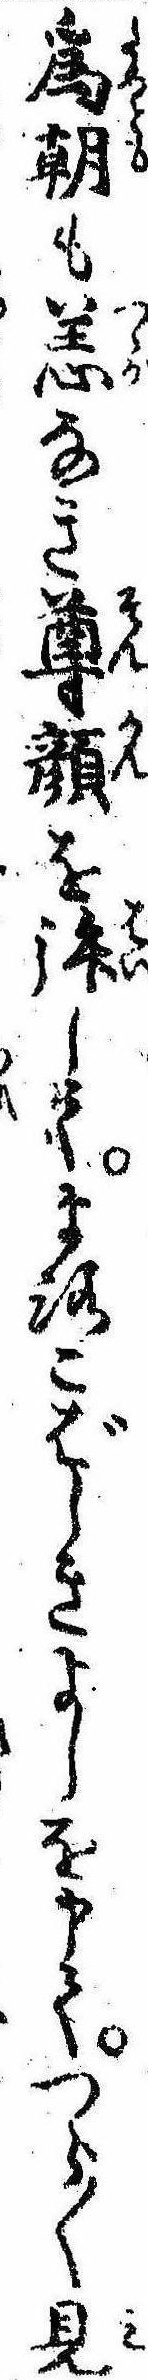
為朝も恙なき尊顔を拝してよろこばしきよしを申てつら〱見